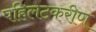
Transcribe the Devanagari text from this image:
पहिलटकरीण